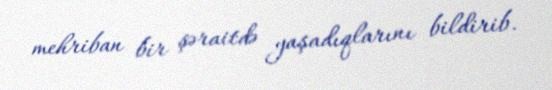
mehriban bir şəraitdə yaşadıqlarını bildirib.